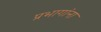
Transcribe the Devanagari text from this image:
प्रभागांना